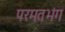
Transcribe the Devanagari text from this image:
परमतभंग